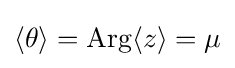
\langle \theta \rangle =\mathrm {Arg} \langle z\rangle =\mu